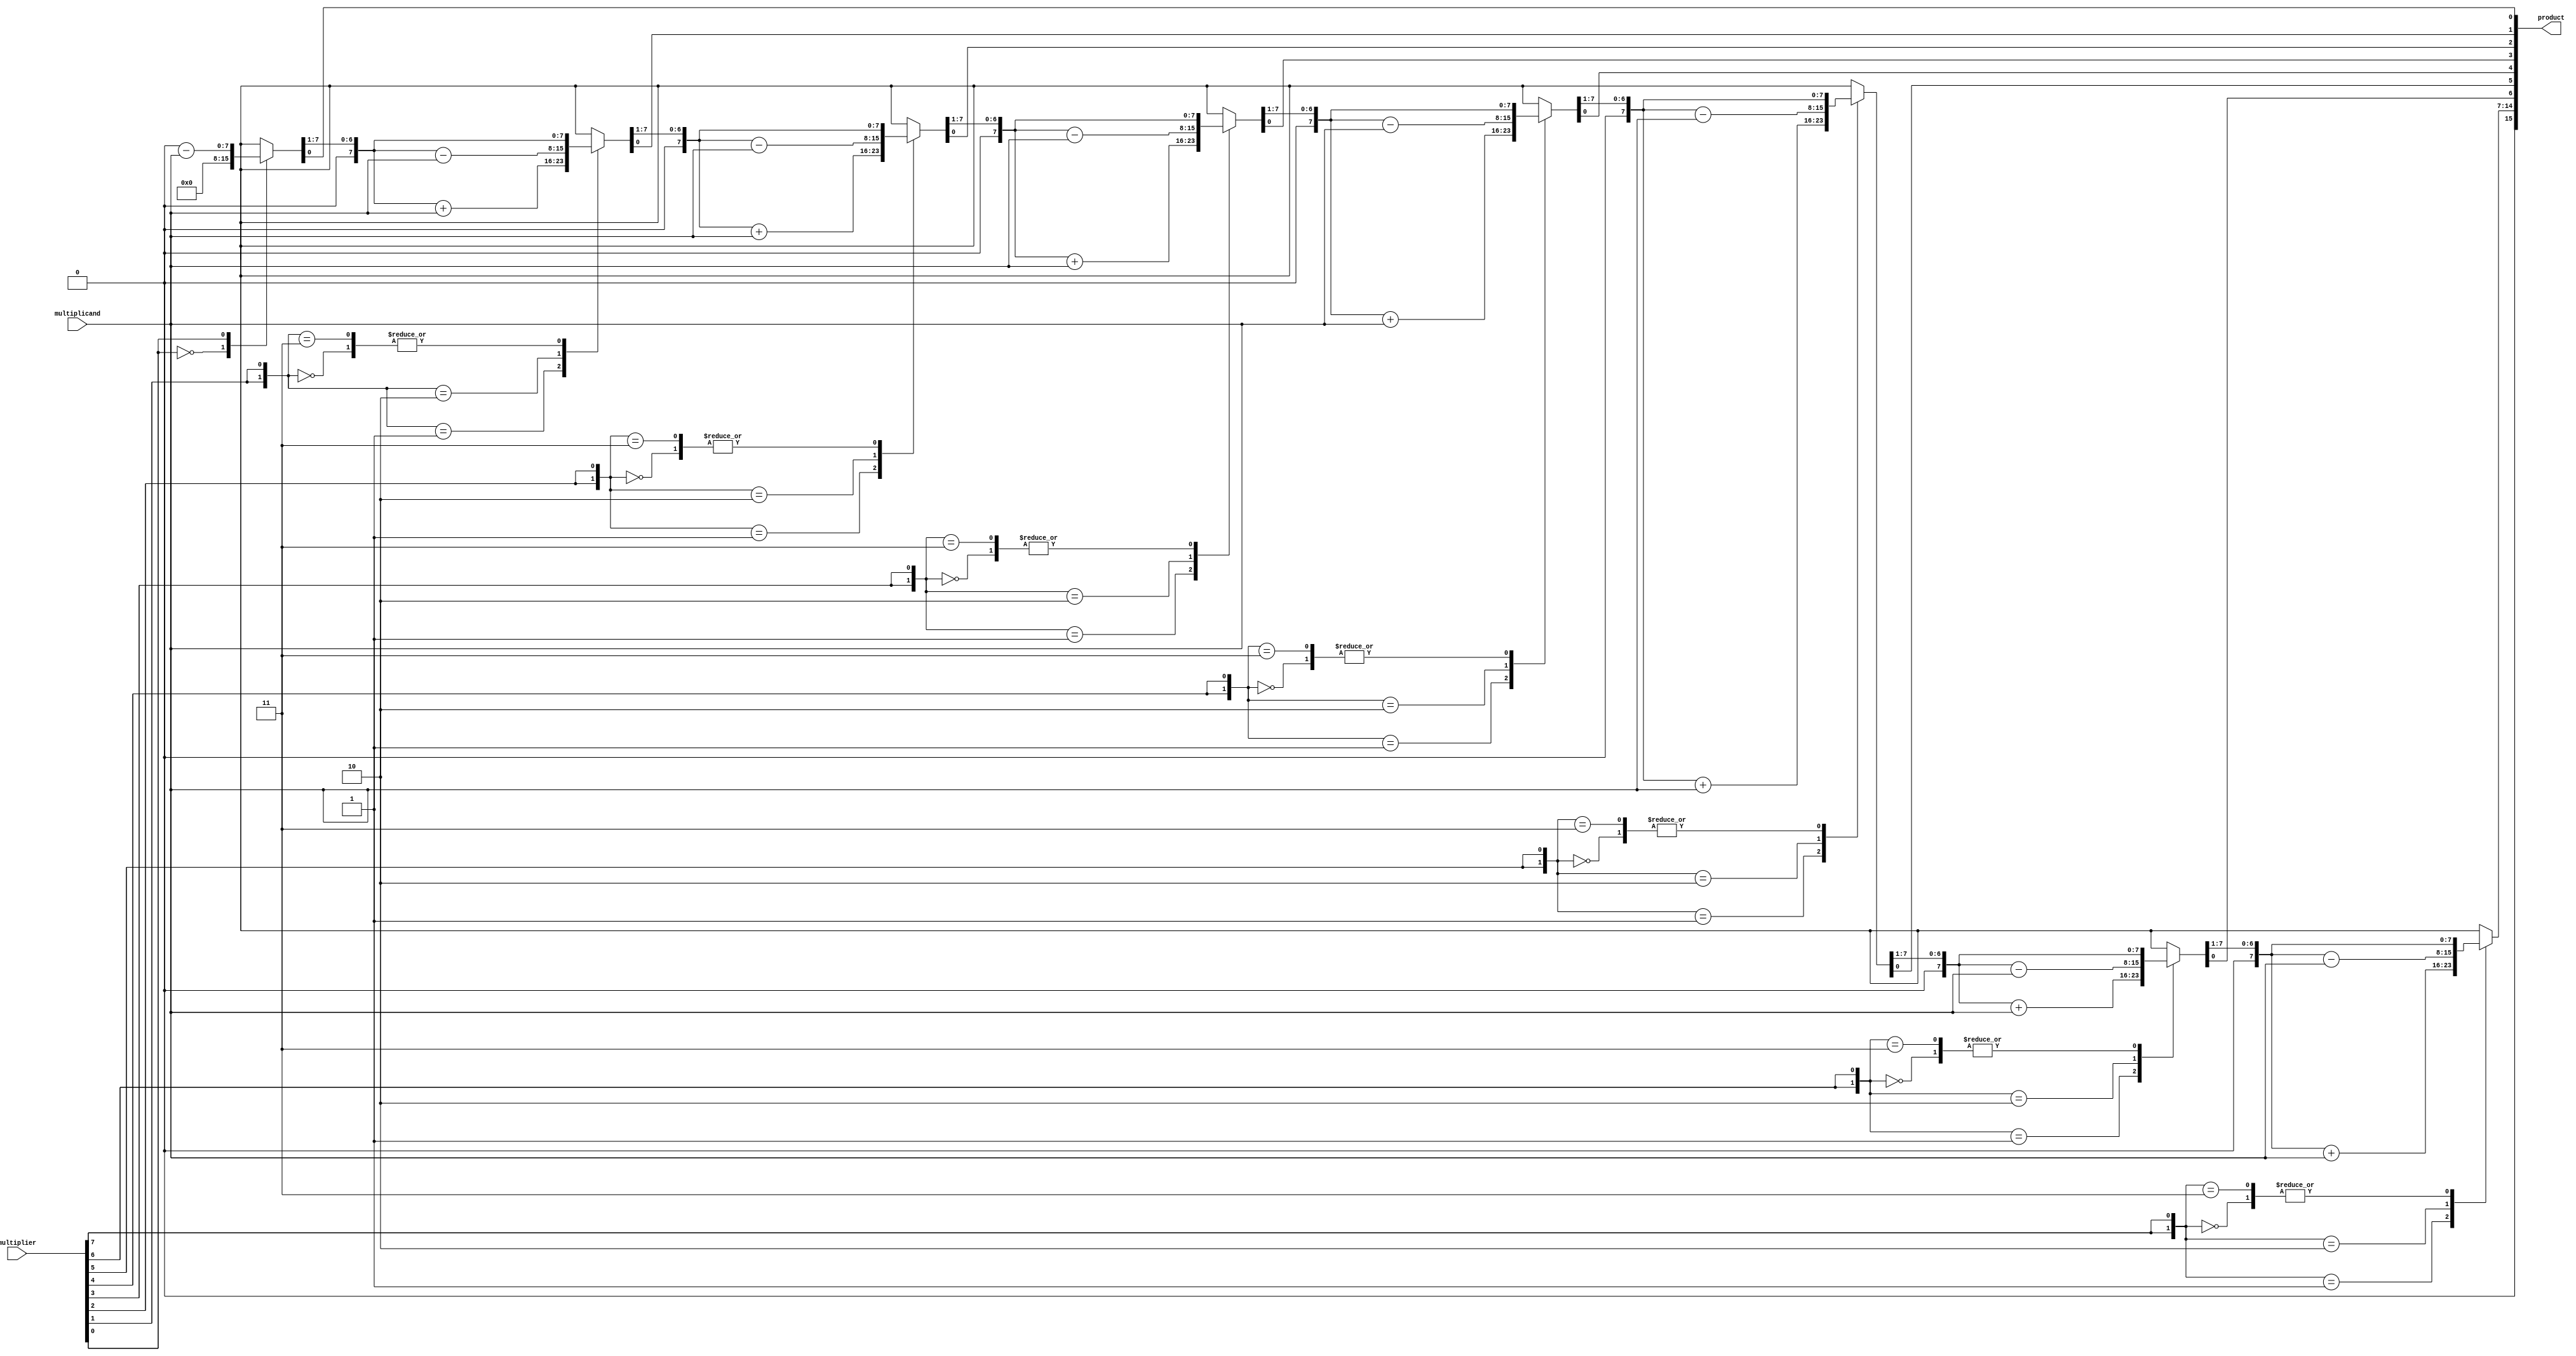
module modified_booth_multiplier (
    input signed [N-1:0] multiplicand, // N-bit signed multiplicand
    input signed [N-1:0] multiplier,    // N-bit signed multiplier
    output reg signed [2*N-1:0] product  // 2N-bit signed product
);
    parameter N = 8; // Width of the input operands

    reg signed [N-1:0] A; // Accumulator
    reg signed [N-1:0] Q; // Multiplier
    reg signed [N-1:0] M; // Multiplicand
    reg Q_1;              // Previous bit of Q
    integer i;

    always @(*) begin
        // Initialize registers
        A = 0;
        Q = multiplier;
        M = multiplicand;
        Q_1 = 0;
        product = 0;

        // Booth's algorithm
        for (i = 0; i < N; i = i + 1) begin
            case ({Q[0], Q_1})
                2'b00: begin
                    // No operation
                end
                2'b01: begin
                    // Add multiplicand
                    A = A + M;
                end
                2'b10: begin
                    // Subtract multiplicand
                    A = A - M;
                end
                2'b11: begin
                    // No operation
                end
            endcase

            // Arithmetic right shift
            {A, Q} = {A, Q} >> 1;
            Q_1 = Q[0]; // Update Q_1 to the current least significant bit
        end

        // Combine A and Q to form the product
        product = {A, Q};
    end
endmodule